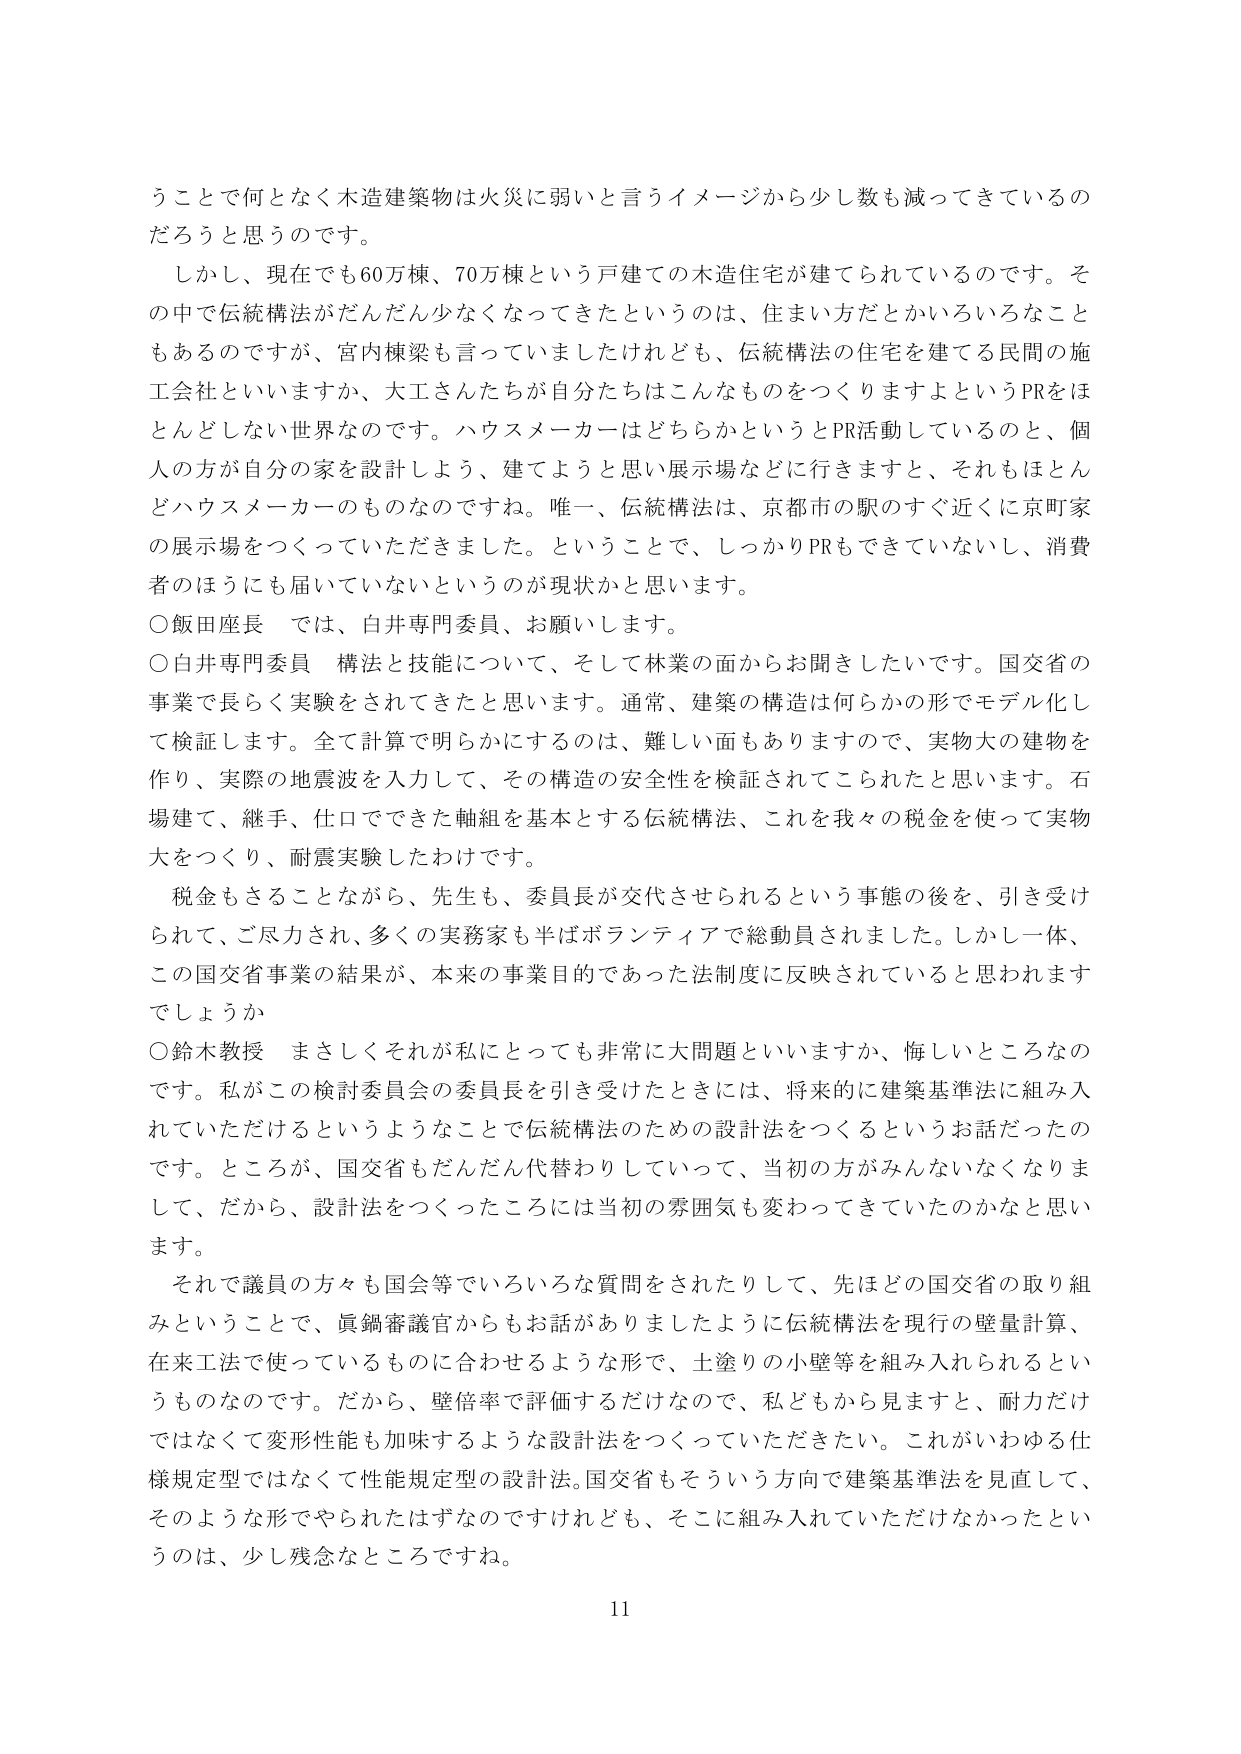
うことで何となく木造建築物は火災に弱いと言うイメージから少しずつ数も減ってきているのだろうと思うのです。

しかし、現在でも60万棟、70万棟という戸建ての木造住宅が建てられているのです。その中で伝統構法がだんだん少なくなってきたというのは、住まい方だとかいろいろなこともあるのですが、宮内棟梁も言っていましたたけれども、伝統構法の住宅を建てる民間の施工会社といいますか、大工さんたちが自分たちはこんなものをつくりますよというPRをほとんどしない世界なのです。ハウスメーカーはどちらかというとPR活動しているのと、個人の方が自分の家を設計しよう、建てようと思い展示場などに行きますと、それもほとんどハウスメーカーのものなのですね。唯一、伝統構法は、京都市の駅のすぐ近くに京町家の展示場をつくっていただきました。ということで、しっかりPRもできていないし、消費者のほうにも届いていないというのが現状かと思います。

○飯田座長　では、白井専門委員、お願いします。

○白井専門委員　構法と技能について、そして林業の面からお聞きしたいです。国交省の事業で長らく実験をされてきたと思います。通常、建築の構造は何らかの形でモデル化して検証します。全て計算で明らかにするのは、難しい面もありますので、実物大の建物を作り、実際の地震波を入力して、その構造の安全性を検証されてこられたと思います。石場建て、継手、仕口でできた軸組を基本とする伝統構法、これを我々の税金を使って実物大をつくり、耐震実験したわけです。

税金もさることながら、先生も、委員長が交代させられるという事態の後を、引き受けられて、ご尽力され、多くの実務家も半ばボランティアで総動員されました。しかし一体、この国交省事業の結果が、本来の事業目的であった法制度に反映されていると思われますでしょうか。

○鈴木教授　まさしくそれが私にとっても非常に大問題といいますか、悔しいところなのです。私がこの検討委員会の委員長を引き受けたときには、将来的に建築基準法に組み入れていただけるというようなことで伝統構法のための設計法をつくるというお話だったのです。ところが、国交省もだんだん代替わりしていって、当初の方がみんないなくなりまして、だから、設計法をつくったころには当初の雰囲気も変わってきたのかなと思います。

それで議員の方々も国会等でいろいろな質問をされたりして、先ほどの国交省の取り組みということで、眞鍋審議官からもお話がありましたように伝統構法を現行の壁量計算、在来工法で使っているものに合わせるような形で、土塗りの小壁等を組み入れられるというものなのです。だから、壁倍率で評価するだけなので、私どもから見ますと、耐力だけではなくて変形性能も加味するような設計法をつくっていただきたい。これがいわゆる仕様規定型ではなくて性能規定型の設計法。国交省もそういう方向で建築基準法を見直して、そのような形でやられたはずなのですがけれども、そこに組み入れていただけなかったというのは、少し残念なところですね。

11